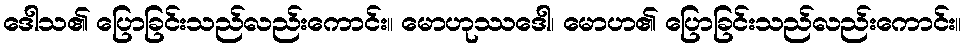
ဒေါသ၏ ပြောခြင်းသည်လည်းကောင်း။ မောဟုဿဒေါ၊ မောဟ၏ ပြောခြင်းသည်လည်းကောင်း။